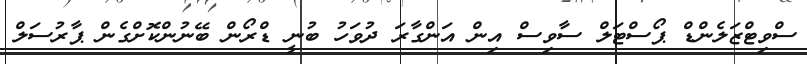
ސްވިޓްޒަލެންޑް ޕޯސްޓަލް ސާވިސް އިން އަންގާރަ ދުވަހު ބުނީ ޑްރޯން ބޭނުންކޮށްގެން ޕާރުސަލް